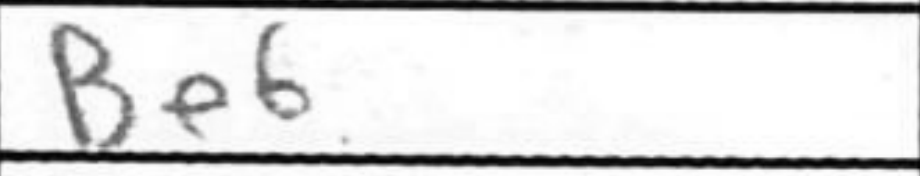
Transcription: Be6